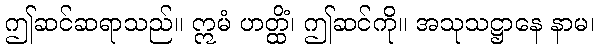
ဤဆင်ဆရာသည်။ ဣမံ ဟတ္ထိံ၊ ဤဆင်ကို။ အသုသဋ္ဌာနေ နာမ၊